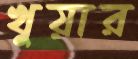
খুয়ার